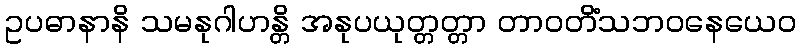
ဥပဓာနာနိ သမနုဂါဟန္တိ အနုပယုတ္တတ္တာ တာဝတိံသဘဝနေယေဝ